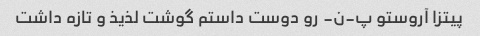
پیتزا آروستو پ-ن- رو دوست داستم گوشت لذیذ و تازه داشت